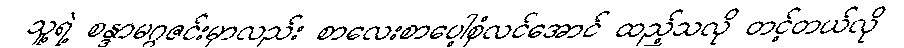
သူ့ရဲ့ စန္ဒာမဂ္ဂဇင်းမှာလည်း စာလေးစာပေါ့စုံလင်အောင် ထည့်သလို တင့်တယ်လို